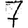
Digit: 7